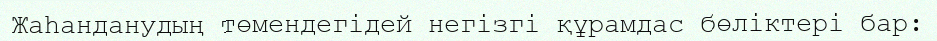
Жаһанданудың төмендегідей негізгі құрамдас бөліктері бар: